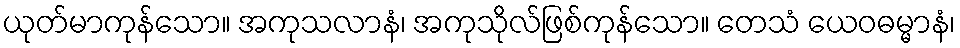
ယုတ်မာကုန်သော။ အကုသလာနံ၊ အကုသိုလ်ဖြစ်ကုန်သော။ တေသံ ယေဝဓမ္မာနံ၊